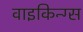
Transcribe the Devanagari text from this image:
वाइकिन्ग्स